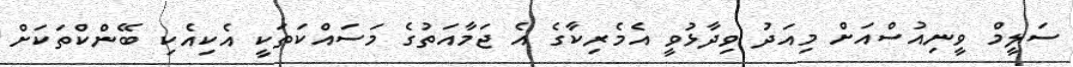
ސަލީމް ވީނިއުސްއަށް މިއަދު ވިދާޅުވީ އެމެރިކާގެ އެ ޖަމާއަތުގެ މަސައްކަތަކީ އެކިއެކި ބޭންކްތަކަށް